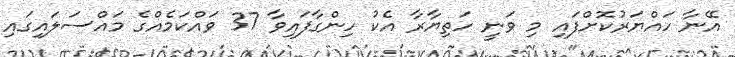
އޭނާ ހައްޔަރުކޮށްފައި މި ވަނީ ހަތިޔާރާ އެކު ހިންގާފައިވާ 37 ވައްކަމެއްގެ މައްސަލައިގައި